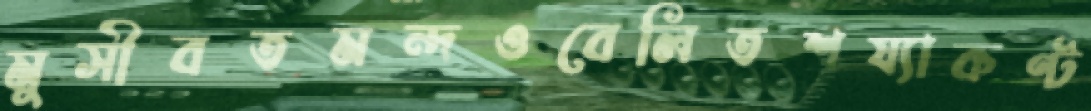
মুসীবতমন্দওবেলিতশয্যাকণ্ট